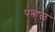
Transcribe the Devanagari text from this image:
पन्हळ